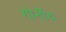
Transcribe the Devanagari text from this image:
गोर्नीय